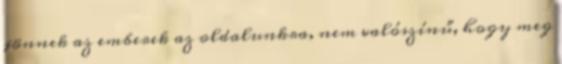
jönnek az emberek az oldalunkra, nem valószínű, hogy meg